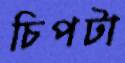
চিপটা